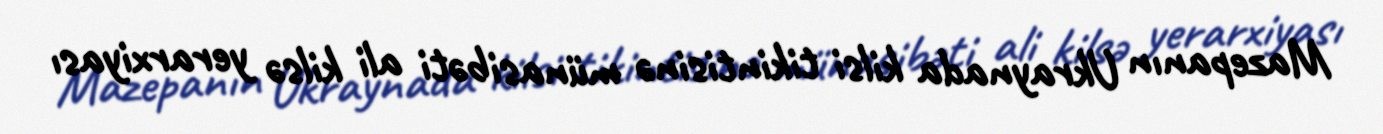
Mazepanın Ukraynada kilsi tikintisinə münasibəti ali kilsə yerarxiyası